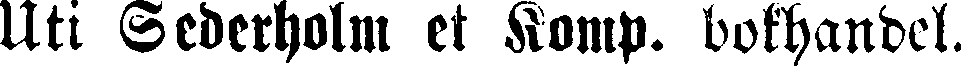
Uti Sederholm et Komp. bokhandel.